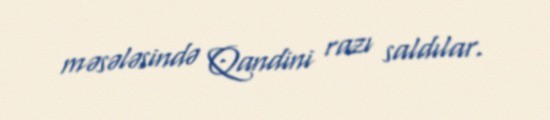
məsələsində Qandini razı saldılar.